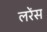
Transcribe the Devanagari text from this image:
लरेंस